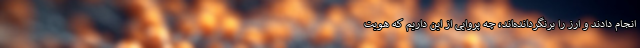
انجام دادند و ارز را برنگردانده‌اند، چه پروایی از این داریم که هویت